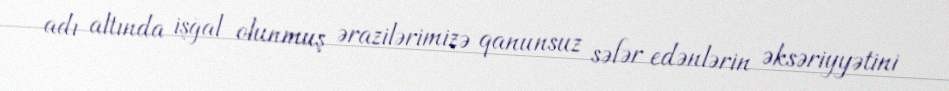
adı altında işğal olunmuş ərazilərimizə qanunsuz səfər edənlərin əksəriyyətini